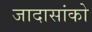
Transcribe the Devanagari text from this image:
जादासांको